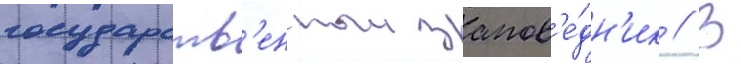
государств'енныи запов'е́дн'ик // В